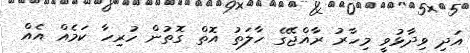
އަދި ވިދާޅުވީ މިހާރު ރާއްޖޭގެ ހާލަތު އޮތް ގޮތުން ހުރިހާ ކަމެއް އެއް